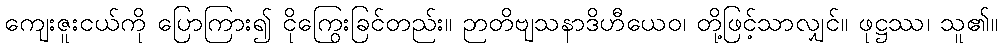
ကျေးဇူးငယ်ကို ပြောကြား၍ ငိုကြွေးခြင်တည်း။ ဉာတိဗျသနာဒိဟီယေဝ၊ တို့ဖြင့်သာလျှင်။ ဖုဋ္ဌဿ၊ သူ၏။